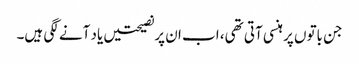
جن باتوں پر ہنسی آتی تھی، اب ان پرنصیحتیں یاد آنے لگی ہیں۔